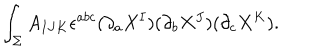
\int _ { \Sigma } A _ { I J K } \epsilon ^ { a b c } ( \partial _ { a } X ^ { I } ) ( \partial _ { b } X ^ { J } ) ( \partial _ { c } X ^ { K } ) .